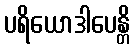
ပရိယောဒါပေန္တိ